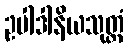
ဥပါဒါနိယသုတ္တံ